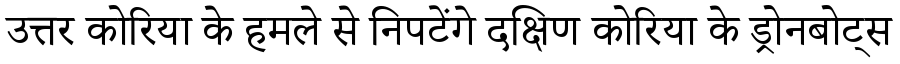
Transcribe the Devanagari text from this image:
उत्तर कोरिया के हमले से निपटेंगे दक्षिण कोरिया के ड्रोनबोट्स